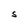
Character: S